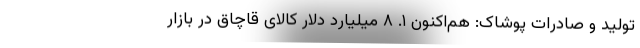
تولید و صادرات پوشاک: هم‌اکنون ۱. ۸ میلیارد دلار کالای قاچاق در بازار